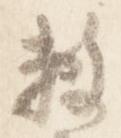
敷